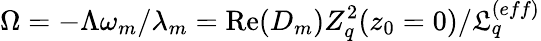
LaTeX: \Omega=-\Lambda\omega_{m}/\lambda_{m}=\operatorname{Re}(D_{m})Z_{q}^{2}(z_{0}=0)/\mathfrak{L}_{q}^{(eff)}